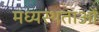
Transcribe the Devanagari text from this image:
मध्‍यस्‍थताओं